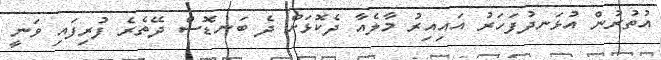
އުތުރުން އުޅަނދުފަހަރު އައިއިރު މާލެއާ ދެކޮޅަށް ދެ ބަނޑޮސް ދޭތެރެ ފުރިފައި ވަނީ